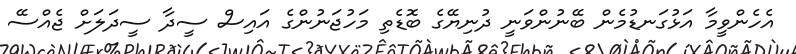
އެހެންވީމާ އަޅުގަނޑުމެން ބޭނުންވަނީ ދުނިޔޭގެ ބޮޑެތި މަހުޖަނުންގެ އައިސް ސީދާ ސީދަލަށް ޖެއްސޭ